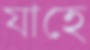
যাহে